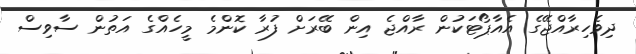
ދިވެހިރާއްޖޭގެ އެއާޕޯޓަކުން ރާއްޖެ އިން ބޭރަށް ފުރާ ކޮންމެ މީހެއްގެ އަތުން ސާވިސް